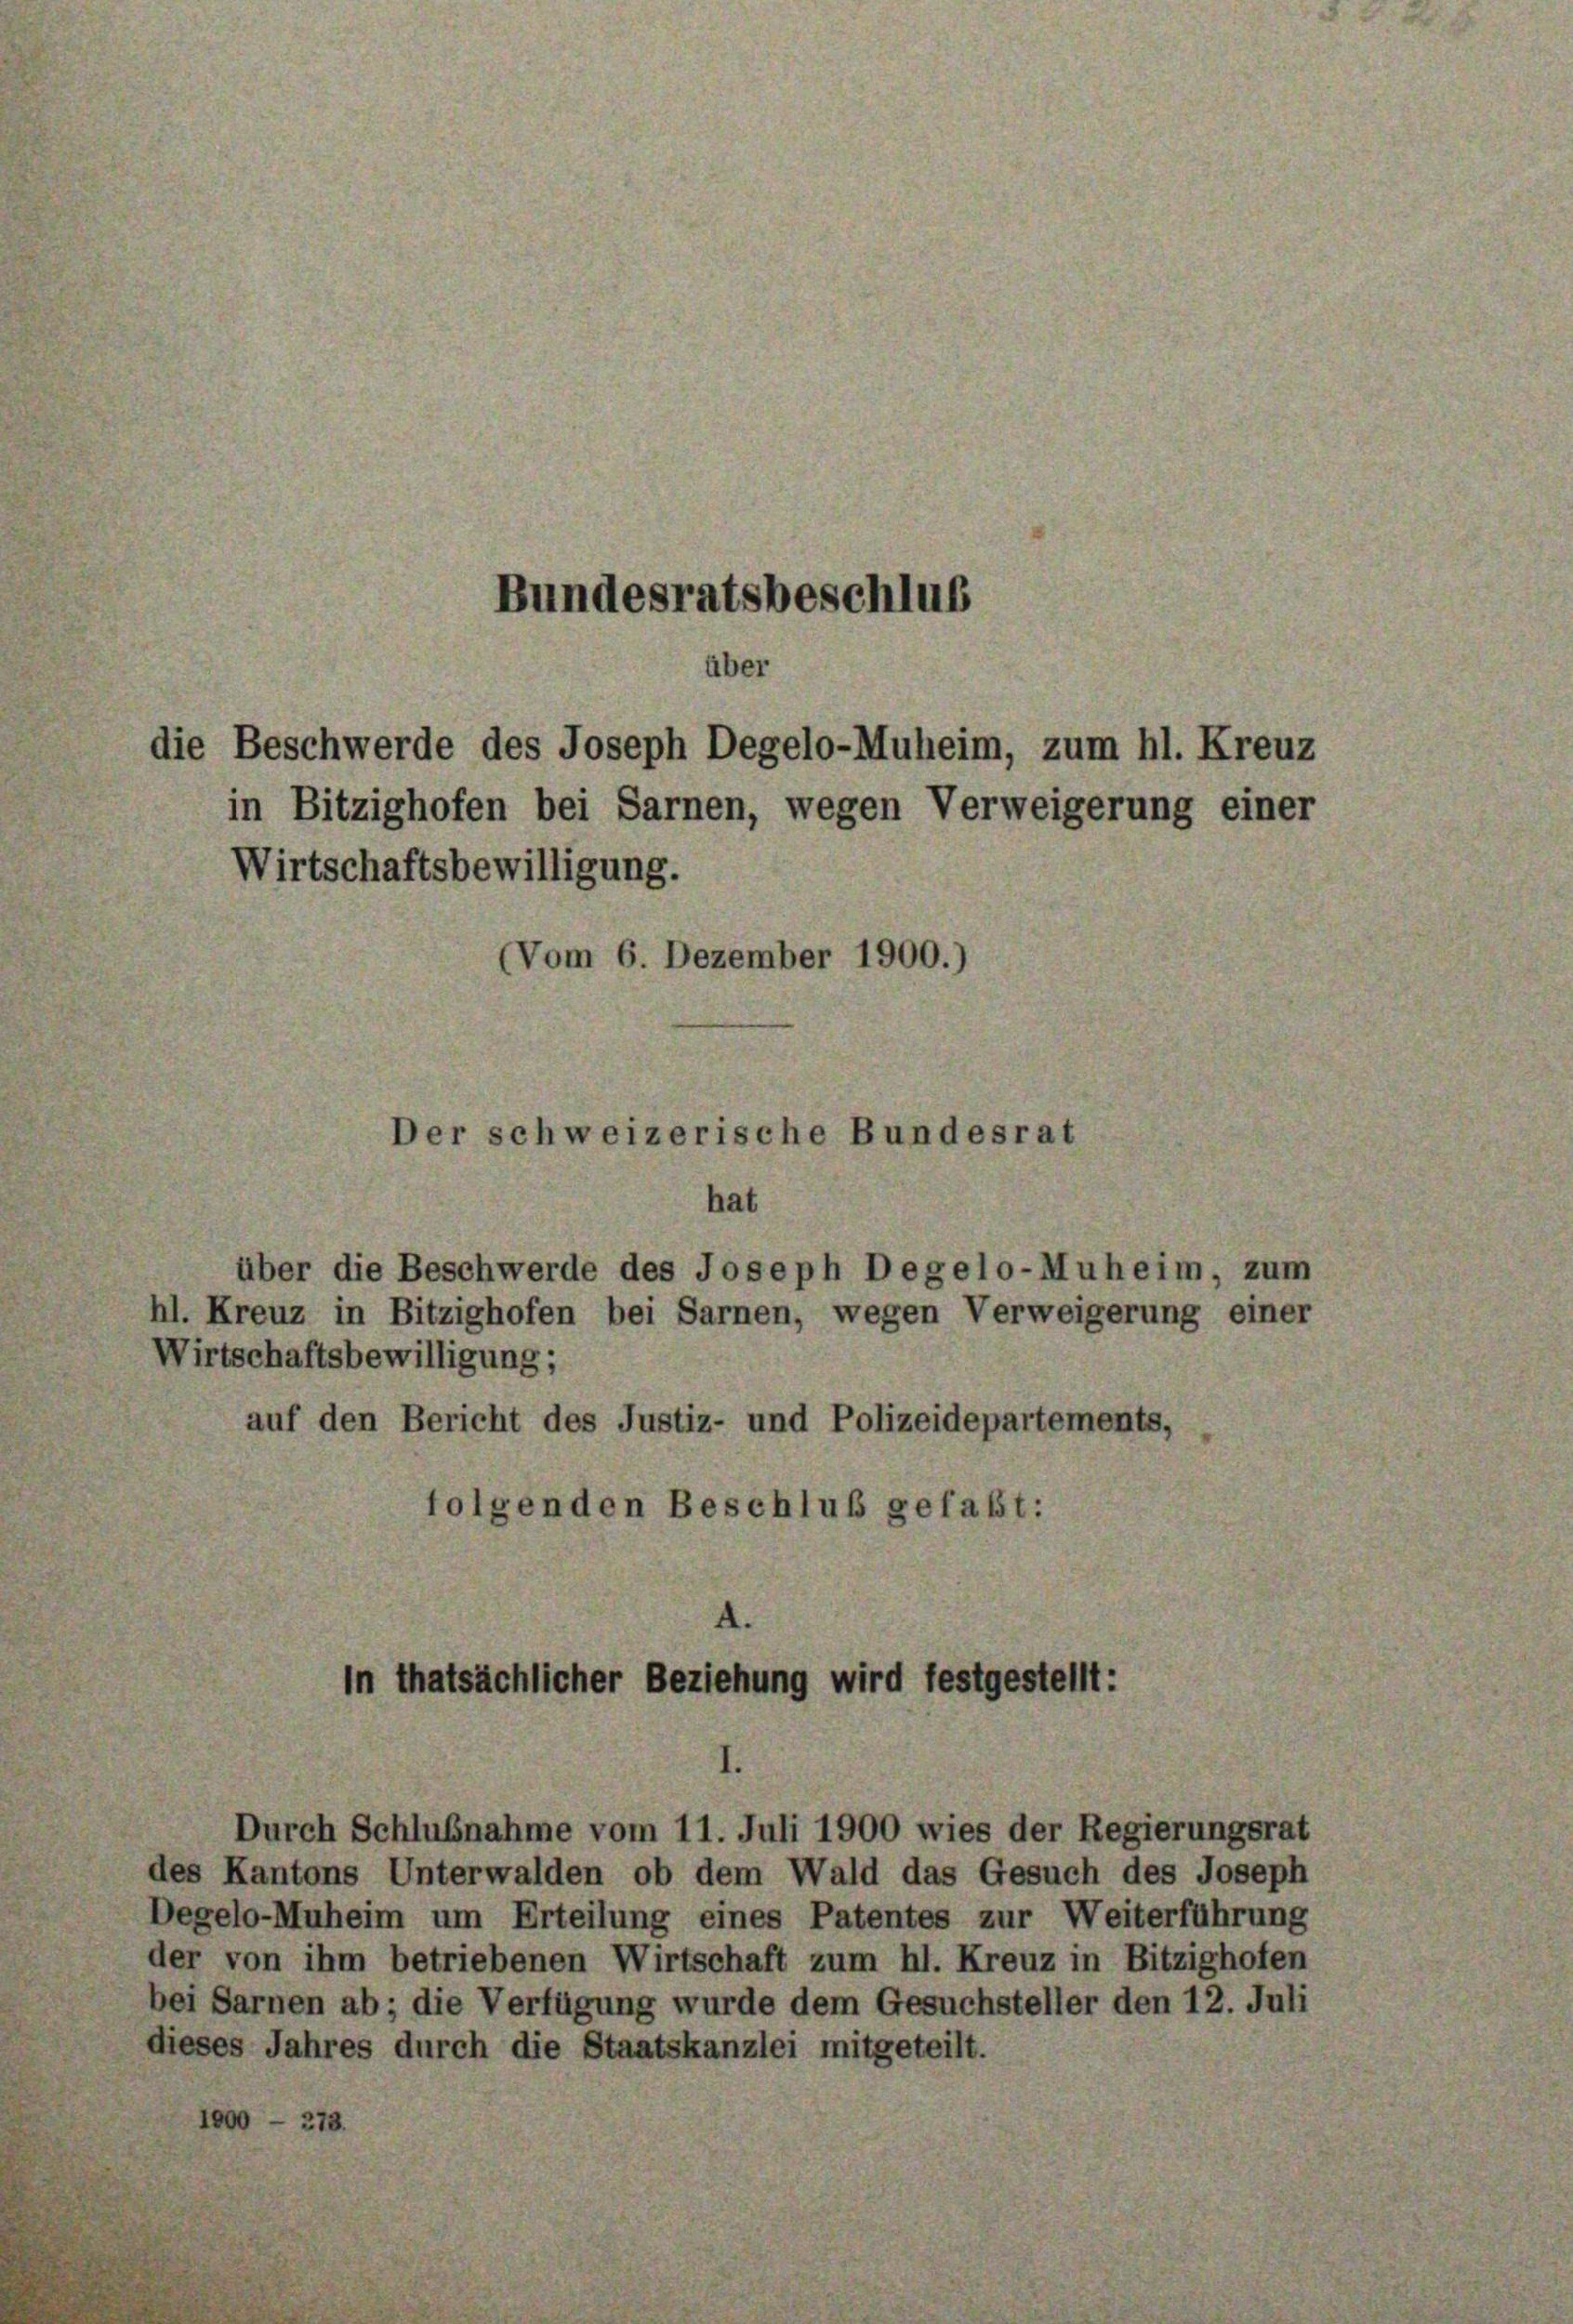
Bundesratsbeschlus
über

die Beschwerde des Joseph Degelo-Muheim, zum hl. Kreuz
in Bitzighofen bei Sarnen, wegen Verweigerung einer
Wirtschaftsbewilligung.
(Vom 6. Dezember 1900.

Der schweizerische Bundesrat
hat

in thatsächlicher Beziehung wird festgestellt:

über die Beschwerde des Joseph Degelo-Muheim, zum
hl. Kreuz in Bitzighofen bei Sarnen, wegen Verweigerung einer
Wirtschaftsbewilligung;
auf den Bericht des Justiz- und Polizeidepartements,
folgenden Beschluß gefaßt:

Durch Schlußnahme vom 11. Juli 1900 wies der Regierungsrat

des Kantons Unterwalden ob dem Wald das Gesuch des Joseph
Degelo-Muheim um Erteilung eines Patentes zur Weiterführung
der von ihm betriebenen Wirtschaft zum hl. Kreuz in Bitzighofen
bei Sarnen ab; die Verfügung wurde dem Gesuchsteller den 12. Juli
dieses Jahres durch die Staatskanzlei mitgeteilt.
1000 — 273.